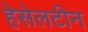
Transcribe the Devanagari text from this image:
हेसेलटीन